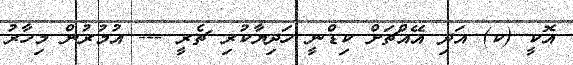
އޮކީ (ކ) އަދި އޭއްޗަށް ކިޑްނީ ހަދިިޔާކުރި ޗެރީ --- އުމުރުން މިހާރު